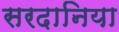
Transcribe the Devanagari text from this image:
सरदानिया